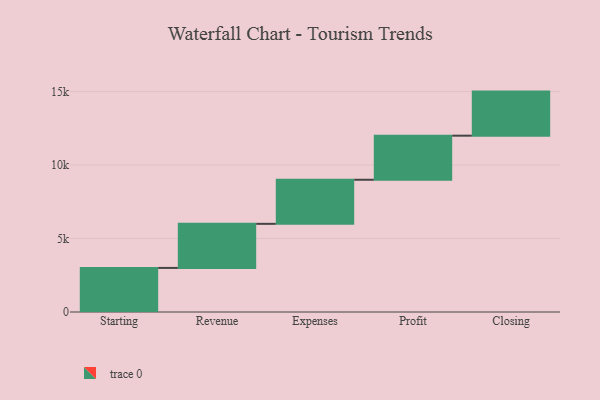
{"axis": {"x": "Step", "y": "Value"}, "legend": [""], "data": [{"x": "Starting", "y": 3000, "type": ""}, {"x": "Revenue", "y": 3000, "type": ""}, {"x": "Expenses", "y": 3000, "type": ""}, {"x": "Profit", "y": 3000, "type": ""}, {"x": "Closing", "y": 3000, "type": ""}]}